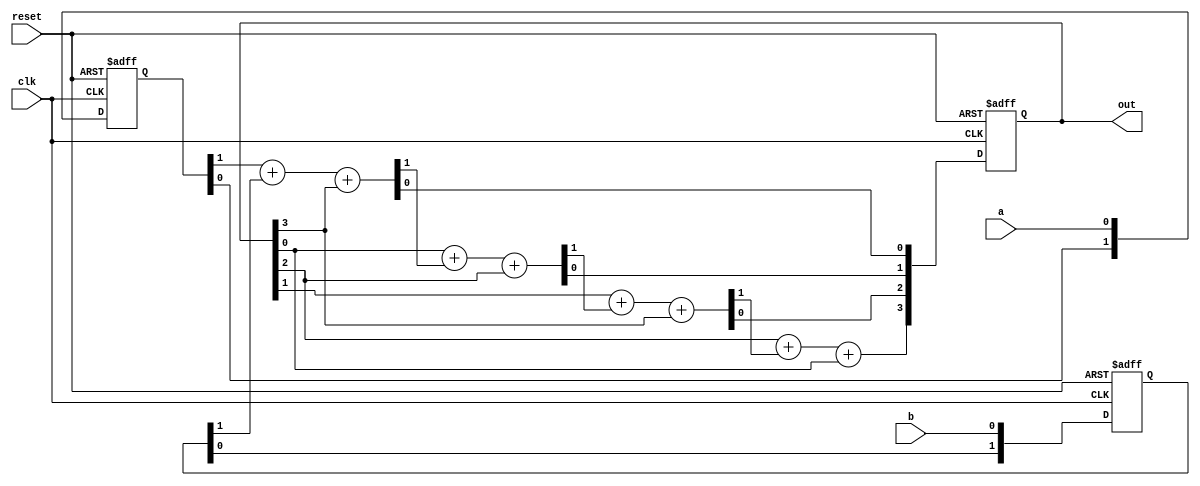
// This program was cloned from: https://github.com/tangxifan/micro_benchmark
// License: MIT License

//////////////////////////////////////
//                                  //
//    2x2 Test-modes Low density    //
//                                  //
//////////////////////////////////////


module test_mode_low (
	a,
	b,
	clk,
	reset,
	out );

	input wire a;
	input wire b;
	input wire clk;
	input wire reset;
	output wire[3:0] out;

	reg[1:0] pipe_a;
	reg[1:0] pipe_b;
	reg[3:0] pipe_sum;
	wire[7:0] sum;

	assign sum[1:0] = pipe_a[1] + pipe_b[1] + pipe_sum[3];
	assign sum[3:2] = pipe_sum[0] + sum[1] + pipe_sum[2];
	assign sum[5:4] = pipe_sum[1] + sum[3] + pipe_sum[3];
	assign sum[7:6] = pipe_sum[2] + sum[5] + pipe_sum[0];
	assign out = pipe_sum;

	initial begin
		pipe_a <= 2'b00;
		pipe_b <= 2'b00;
		pipe_sum <= 4'b0000;
	end

	always @(posedge clk or posedge reset) begin
		if(reset) begin
			pipe_a <= 2'b00;
			pipe_b <= 2'b00;
			pipe_sum <= 4'b0000;
		end else begin
			pipe_a[0] <= a;
			pipe_a[1] <= pipe_a[0];
			pipe_b[0] <= b;
			pipe_b[1] <= pipe_b[0];
			pipe_sum <= {sum[6], sum[4], sum[2], sum[0]};
		end	
	end

endmodule